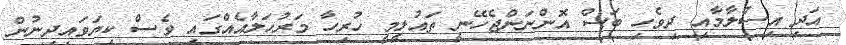
އަދި އިސްލާމާއި ދިވެހި ބަސް އޮންނަންޖެހޭނީ ތައުލީމީ ހުރިހާ މަރުހަލާއެއްގައި ވެސް ކިޔަވައިދިނުން